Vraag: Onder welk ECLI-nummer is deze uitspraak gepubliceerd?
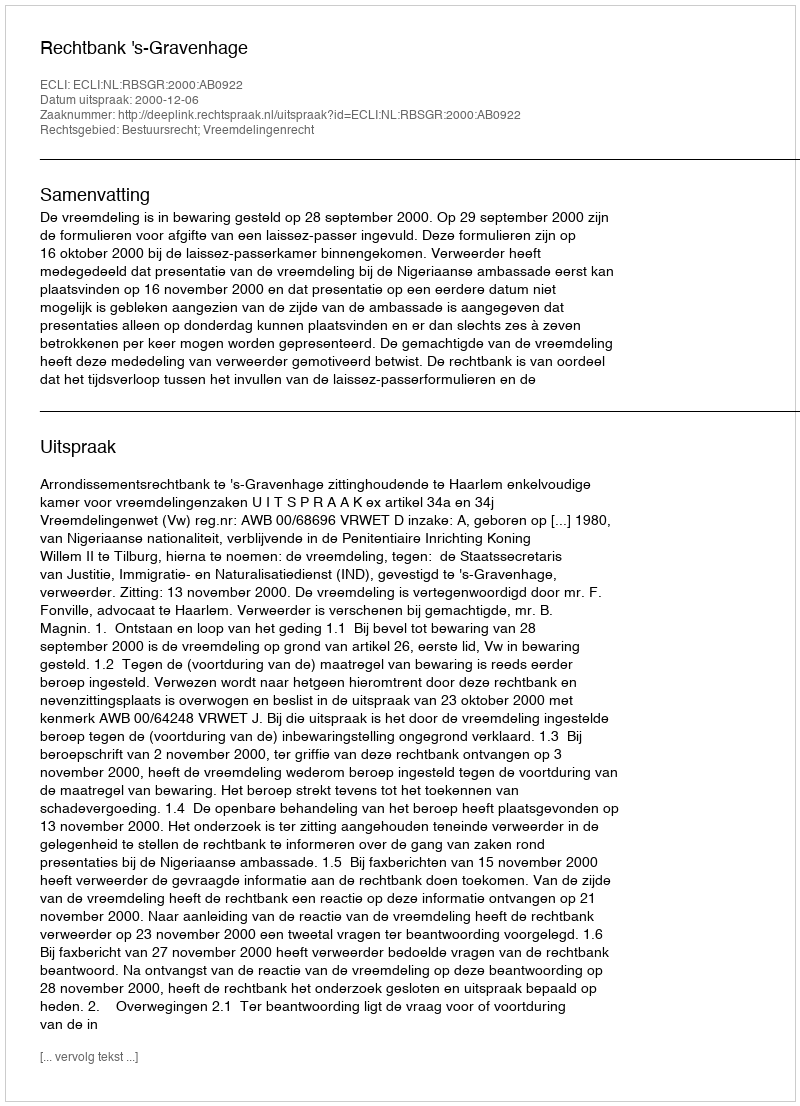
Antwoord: ECLI:NL:RBSGR:2000:AB0922